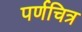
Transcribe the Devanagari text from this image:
पर्णचित्र